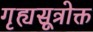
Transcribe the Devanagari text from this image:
गृह्यसूत्रोक्त